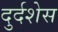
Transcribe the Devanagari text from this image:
दुर्दशेस